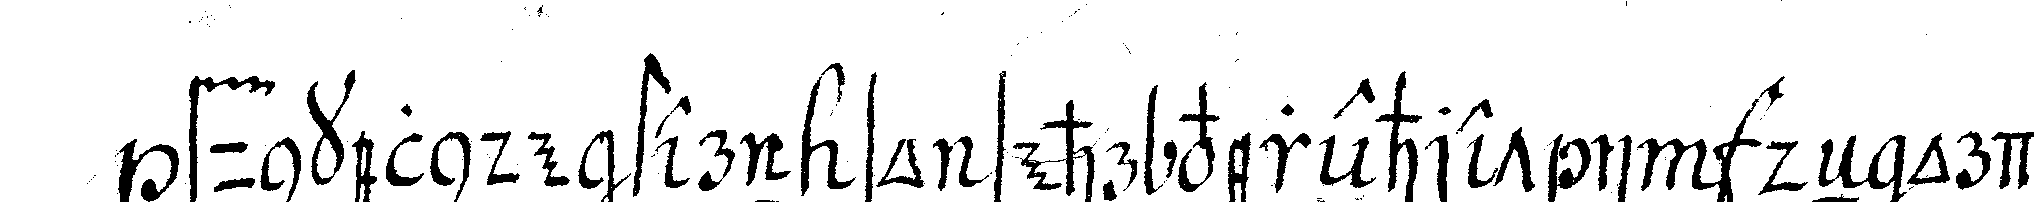
funkelnde stern so sehr verehret in deN ordeN